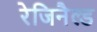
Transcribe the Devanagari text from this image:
रेजिनैल्ड